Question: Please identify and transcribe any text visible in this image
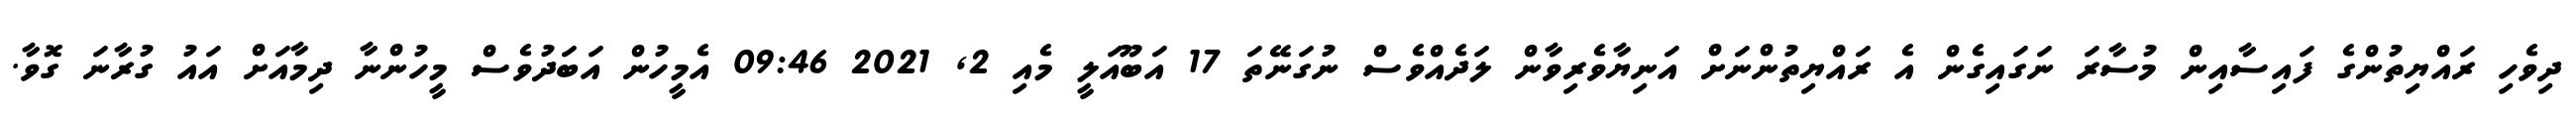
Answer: ދިވެހި ރައްޔިތުންގެ ފައިސާއިން މުސާރަ ނަގައިގެން އެ ރައްޔިތުންނަށް އަނިޔާވެރިވާން ލަދެއްވެސް ނުގަނޭތަ 17 އަބޫއަލީ މެއި 2, 2021 09:46 އެމީހުން އަބަދުވެސް މީހުންނާ ދިމާއަށް އައު ގުރާނަ ގޮވާ.